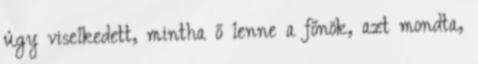
úgy viselkedett, mintha ő lenne a főnök, azt mondta,